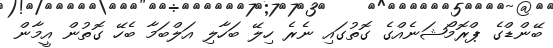
ބޭންޑްގެ ޕްރޮމޯޝަނެއްގެ ގޮތުގައި ނެރެ ހިލޭ ބަހާލި އަލްބަމާ ބެހޭ ގޮތުން އީމާން